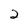
Character: 2